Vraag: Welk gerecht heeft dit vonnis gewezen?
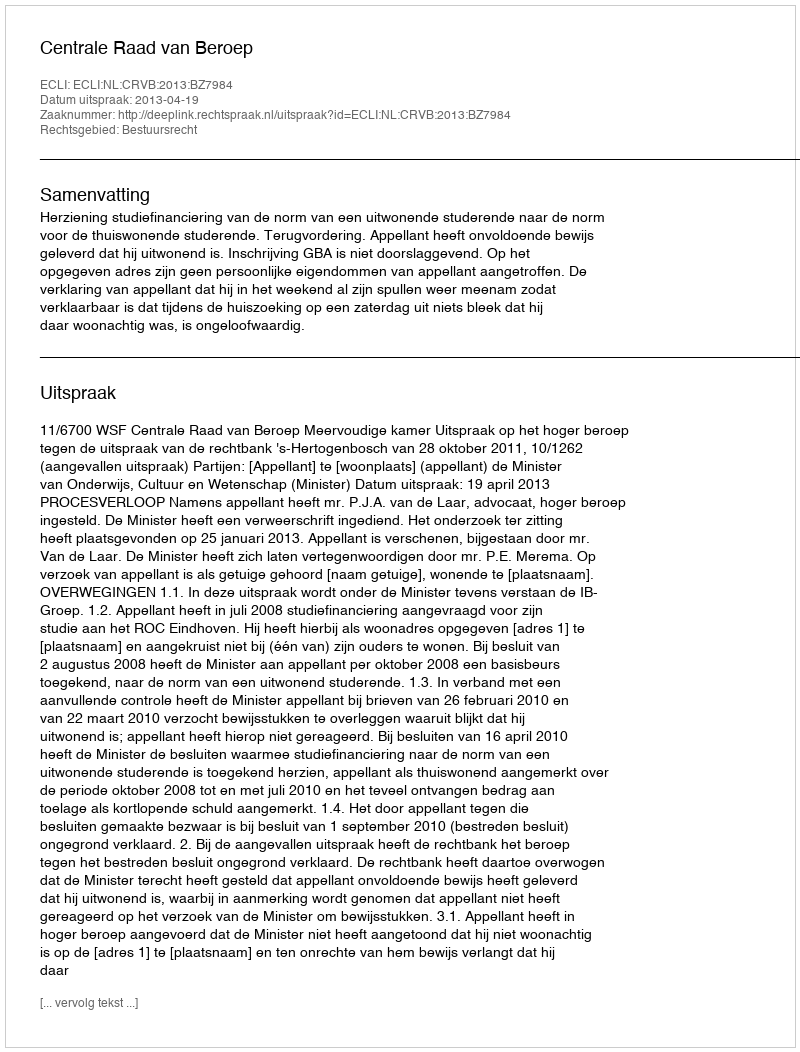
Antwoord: Centrale Raad van Beroep